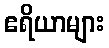
ဧရိယာများ